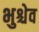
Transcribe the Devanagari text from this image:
भुश्चेव